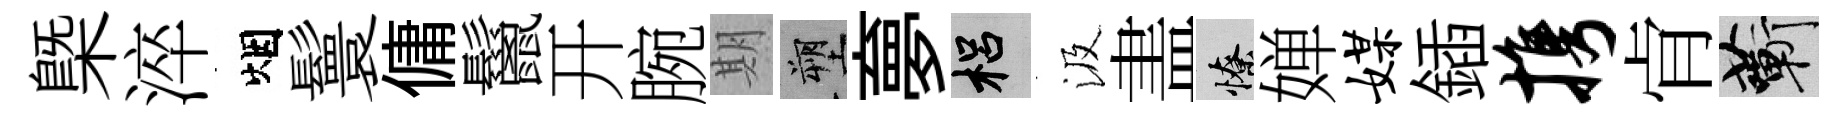
㮣淬烟鬟傭鬣开腕期塑夣梠汲𥁞憭婵媒鍤携肻蔪